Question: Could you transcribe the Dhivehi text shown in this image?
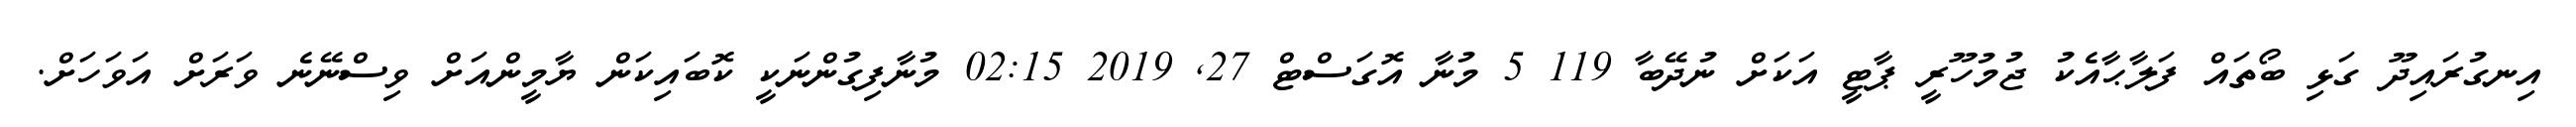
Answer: އިނގުރައިދޫ ގަޅި ބޯތައް ފަލާޙާއެކު ޖުމުހޫރީ ޕާޓީ އަކަށް ނުދޭބާ 119 5 މުނާ އޮގަސްޓް 27, 2019 02:15 މުނާފިގުންނަކީ ކޮބައިކަން ޔާމީންއަށް ވިސްނޭނެ ވަރަށް އަވަހަށް.